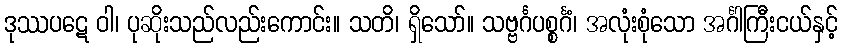
ဒုဿပဋေ ဝါ၊ ပုဆိုးသည်လည်းကောင်း။ သတိ၊ ရှိသော်။ သဗ္ဗင်္ဂပစ္စင်္ဂံ၊ အလုံးစုံသော အင်္ဂါကြီးငယ်နှင့်